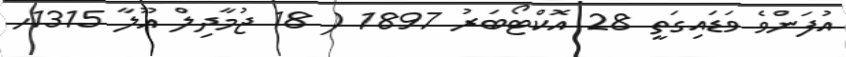
އުފަންވެ ވަޑައިގަތީ 28 އޮކްޓޯބަރު 1897 ( 18 ޖުމާދިލް އޫލާ 1315ހ